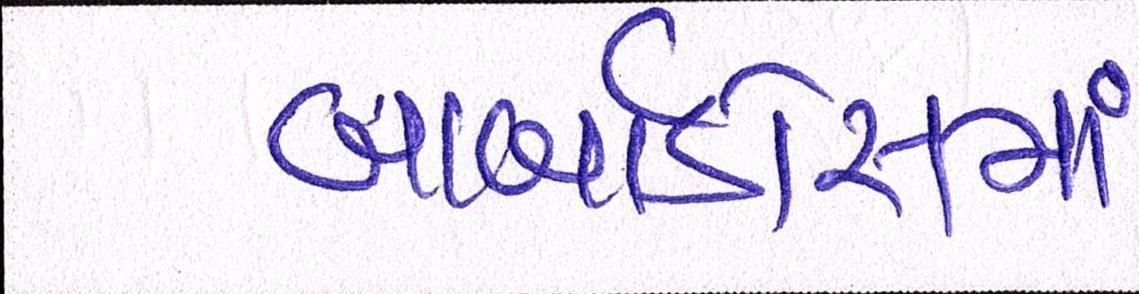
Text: બાર્બાડોસમાં